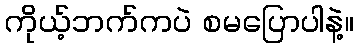
ကိုယ့်ဘက်ကပဲ စမပြောပါနဲ့။